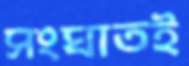
সংঘাতই